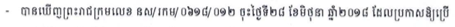
- បានឃើញព្រះរាជក្រមលេខ នស/រកម/០៦១៨/០១២ ចុះថ្ងៃទី២៨ ខែមិថុនា ឆ្នាំ២០១៨ ដែលប្រកាសឱ្យប្រើ